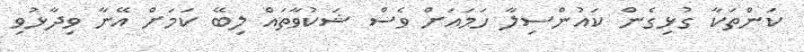
ކަންތަކާ ގުޅިގެން ކައުންސިލާ ހަމައަށް ވެސް ޝަކުވާތައް ލިބޭ ކަމަށް އޭނާ ވިދާޅުވި